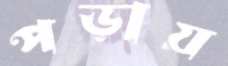
পড়ায়